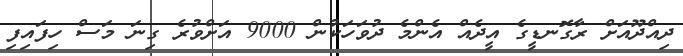
ދިއްދޫއަށް ރާގޮނޑީގެ އީދެއް އެންމެ ދުވަހަކުން 9000 އަށްވުރެ ގިނަ މަސް ހިފައިފި